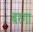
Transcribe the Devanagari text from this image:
बरगा